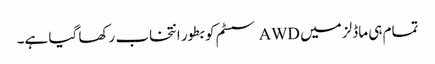
تمام ہی ماڈلز میں AWD سسٹم کو بطور انتخاب رکھا گیا ہے۔